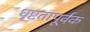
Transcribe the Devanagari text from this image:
धृष्टतापूर्वक